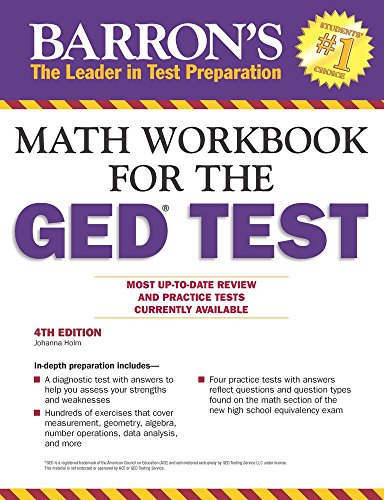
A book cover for Math Workbook For The GED Test, 4th Edition (Barron's Ged Math Workbook); Johanna Holm; Test Preparation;